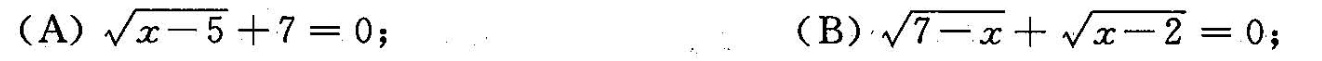
(A)$$\sqrt { x - 5 } + 7 = 0$$; (B)$$\sqrt { 7 - x } + \sqrt { x - 2 } = 0$$;